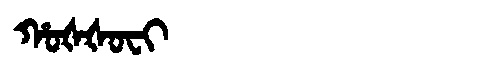
Manchu: ᡥᠣᡧᡧᠣᠸᡳ
Romanization: HOŠŠOFI